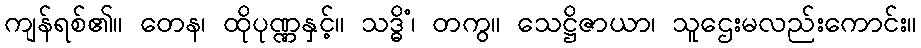
ကျန်ရစ်၏။ တေန၊ ထိုပုဏ္ဏနှင့်။ သဒ္ဓိံ၊ တကွ။ သေဋ္ဌိဇာယာ၊ သူဌေးမလည်းကောင်း။